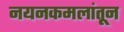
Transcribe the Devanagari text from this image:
नयनकमलांतून